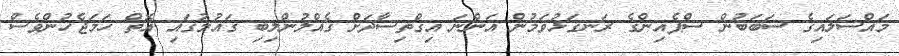
މައްސަލައިގެ ސަބަބުން ސްޕެއިންގެ ރަނގަޅުވަމުން އަންނަ އިގްތިސާދަށް ގެއްލުންލިބި ގައުމުގައި އޮތް ހަމަޖެހުންވެސް